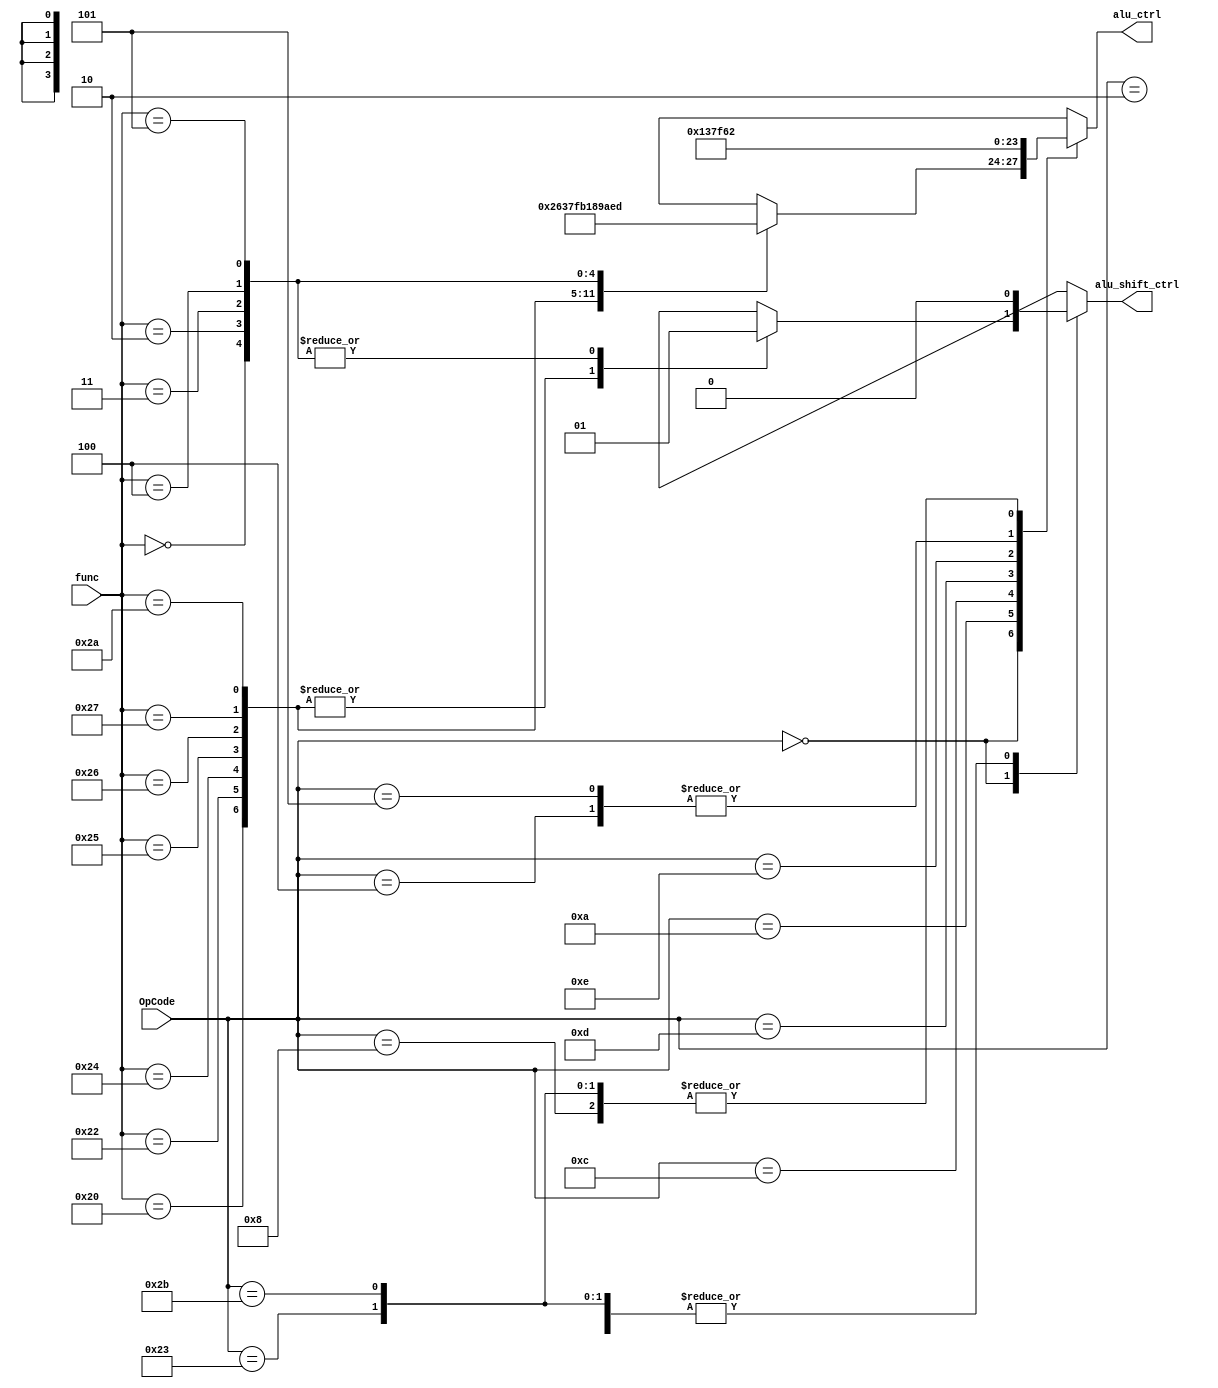
module alu_control(
	func,
	OpCode,
	alu_shift_ctrl,
	alu_ctrl
);

localparam	OP_RTYPE = 6'b000000;	// R-type common instructions
localparam	ADD	= 6'b100000;	// ADD - Add (with overflow)	
localparam	SUB	= 6'b100010;	// SUB - Subtract
localparam	AND	= 6'b100100;	// AND - Bitwise 'AND'
localparam	OR	= 6'b100101;	// OR  - Bitwise 'OR'
localparam	XOR	= 6'b100110;	// XOR - Bitwise exclusive 'OR'
localparam	NOR	= 6'b100111;	// NOR - Bitwise negation of 'OR'
localparam	SLT	= 6'b101010;	// SLT - Set on less than (signed)	
localparam	SLL	= 6'b000000;	// SLL - Shift Left Logical	
localparam	SRL	= 6'b000010;	// SRL - Shift Right Logical
localparam	SRA	= 6'b000011; 	// SRA - Shift Right Arithmetic	
localparam	ROR	= 6'b000100;	// ROR - Rotate Right (Right circular shift)
localparam	ROL	= 6'b000101;	// ROL - Rotate Left (Left circular shift)
localparam	OP_ADDI  = 6'b001000;	// ADDI - Add immediate (with overflow)
localparam	OP_SLTI  = 6'b001010;	// SLTI - Set on less than immediate(signed)
localparam	OP_ANDI  = 6'b001100;	// ANDI - Bitwise and immediate
localparam	OP_ORI   = 6'b001101;	// ORI  - Bitwise or immediate
localparam	OP_XORI  = 6'b001110;	// XORI	- Bitwise exclusive or immediate
localparam	OP_J     = 6'b000010;	// J	- Jump
localparam	OP_BEQ   = 6'b000100;	// BEQ	- Branch on equal
localparam	OP_BNE   = 6'b000101;	// BNE	- Branch on not equal
localparam	OP_LW    = 6'b100011; 	// LW	- Load word
localparam	OP_SW    = 6'b101011;	// SW	- Store word

input		[5:0]	func;		// Function field for R-type instructions
input		[5:0]	OpCode;		// Operation code of the instruction
output reg	[3:0]	alu_ctrl;	// Signal for choosing operation to be executed
output reg		alu_shift_ctrl;	// Shift control signal

always @* begin		
	casez (OpCode)
		OP_RTYPE:	
			casez(func)
				ADD: begin
					alu_ctrl = 4'b0010;
					alu_shift_ctrl = 1'b0;
				end
				SUB: begin
					alu_ctrl = 4'b0110;	
					alu_shift_ctrl = 1'b0;
				end
				AND: begin
					alu_ctrl = 4'b0011;	
					alu_shift_ctrl = 1'b0;
				end
				OR: begin
					alu_ctrl = 4'b0111;
					alu_shift_ctrl = 1'b0;
				end
				XOR: begin
					alu_ctrl = 4'b1111;
					alu_shift_ctrl = 1'b0;
				end
				NOR: begin
					alu_ctrl = 4'b1011;
					alu_shift_ctrl = 1'b0;
				end
				SLT: begin
					alu_ctrl = 4'b0001;
					alu_shift_ctrl = 1'b0;
				end
				SLL: begin
					alu_ctrl = 4'b1000;
					alu_shift_ctrl = 1'b1;
				end
				SRL: begin
					alu_ctrl = 4'b1001;
					alu_shift_ctrl = 1'b1;
				end
				SRA: begin
					alu_ctrl = 4'b1010;
					alu_shift_ctrl = 1'b1;
				end
				ROR: begin
					alu_ctrl = 4'b1110;
					alu_shift_ctrl = 1'b1;
				end
				ROL: begin
					alu_ctrl = 4'b1101;
					alu_shift_ctrl = 1'b1;
				end
				default: begin
						alu_ctrl = 4'bx;
						alu_shift_ctrl = 1'bx;
				end
			endcase
		OP_ADDI: begin
				alu_ctrl = 4'b0010;	
				alu_shift_ctrl = 1'b0;
		end
		OP_SLTI: begin
				alu_ctrl = 4'b0001;	
				alu_shift_ctrl = 1'b0;
		end
		OP_ANDI: begin
				alu_ctrl = 4'b0011;
				alu_shift_ctrl = 1'b0;
			end
		OP_ORI:	begin
				alu_ctrl = 4'b0111;
				alu_shift_ctrl = 1'b0;
		end
		OP_XORI: begin
				alu_ctrl = 4'b1111;
				alu_shift_ctrl = 1'b0;
		end
		OP_J: begin
				alu_ctrl = 4'bx;
				alu_shift_ctrl = 1'b0;
		end
		OP_BEQ: begin
				alu_ctrl = 4'b0110;
				alu_shift_ctrl = 1'b0;
		end
		OP_BNE:	begin 
				alu_ctrl = 4'b0110;
				alu_shift_ctrl = 1'b0;
		end
		OP_LW: begin
				alu_ctrl = 4'b0010;
				alu_shift_ctrl = 1'b0;
		end
		OP_SW: begin
				alu_ctrl = 4'b0010;
				alu_shift_ctrl = 1'b0;
		end
		default:	begin
					alu_ctrl = 4'bx;
					alu_shift_ctrl = 1'bx;
		end
	endcase
end

endmodule